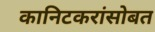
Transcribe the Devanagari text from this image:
कानिटकरांसोबत